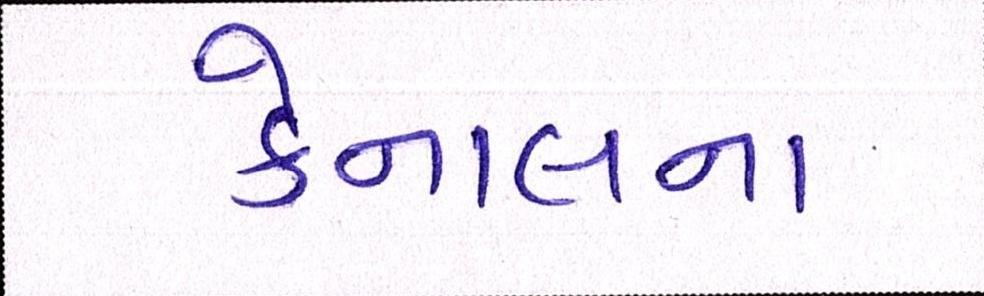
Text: કેનાલના